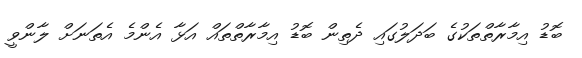
ބޮޑު އިމާރާތްތަކުގެ ބަދަލުގައި ދެތިން ބޮޑު އިމާރާތްތައް އަޅާ އެންމެ އެތަނަށް ލާންވީ